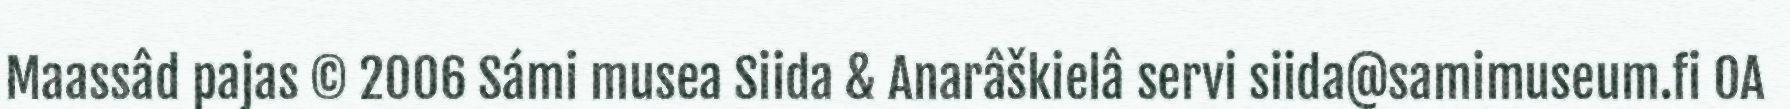
Maassâd pajas © 2006 Sámi musea Siida & Anarâškielâ servi siida@samimuseum.fi OA